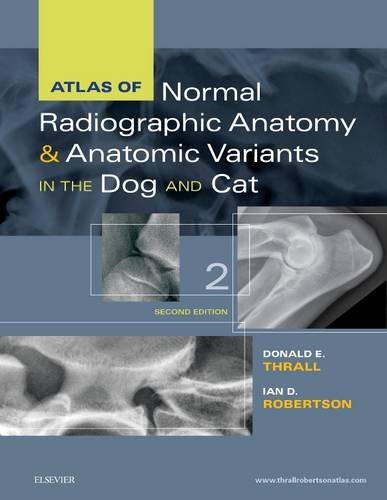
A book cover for Atlas of Normal Radiographic Anatomy and Anatomic Variants in the Dog and Cat, 2e; Donald E. Thrall DVM  PhD  DACVR; Medical Books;